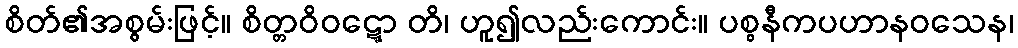
စိတ်၏အစွမ်းဖြင့်။ စိတ္တဝိဝဋ္ဋော တိ၊ ဟူ၍လည်းကောင်း။ ပစ္စနီကပဟာနဝသေန၊